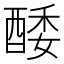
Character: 𨡌